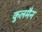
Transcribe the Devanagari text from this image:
कुलमैन